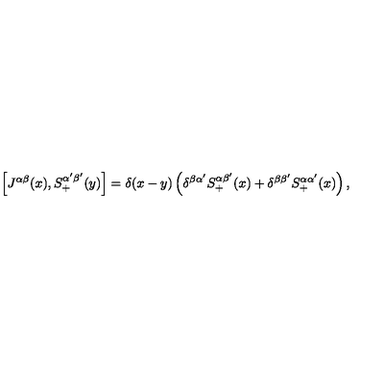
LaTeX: \left[ J ^ { \alpha \beta } ( x ) , S _ { + } ^ { \alpha ^ { \prime } \beta ^ { \prime } } ( y ) \right] = \delta ( x - y ) \left( \delta ^ { \beta \alpha ^ { \prime } } S _ { + } ^ { \alpha \beta ^ { \prime } } ( x ) + \delta ^ { \beta \beta ^ { \prime } } S _ { + } ^ { \alpha \alpha ^ { \prime } } ( x ) \right) ,